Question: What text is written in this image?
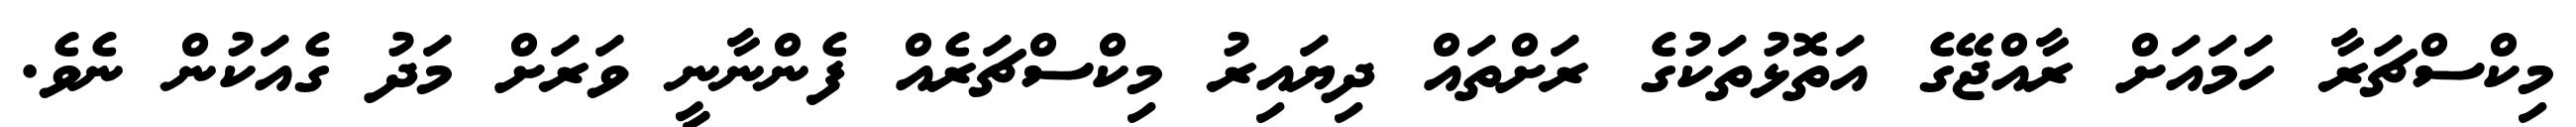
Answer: މިކްސްޗަރާ ހަމައަށް ރާއްޖޭގެ އަތޮޅުތަކުގެ ރަށްތައް ދިޔައިރު މިކްސްޗަރެއް ފެންނާނީ ވަރަށް މަދު ގެއަކުން ނެވެ.